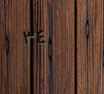
٣٤